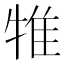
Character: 𤙵